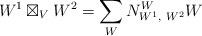
LaTeX: \begin{align*}W^{1}\boxtimes_{V}W^{2}=\sum_{W}N_{W^{1},\ W^{2}}^{W}W\end{align*}